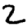
Digit: 2